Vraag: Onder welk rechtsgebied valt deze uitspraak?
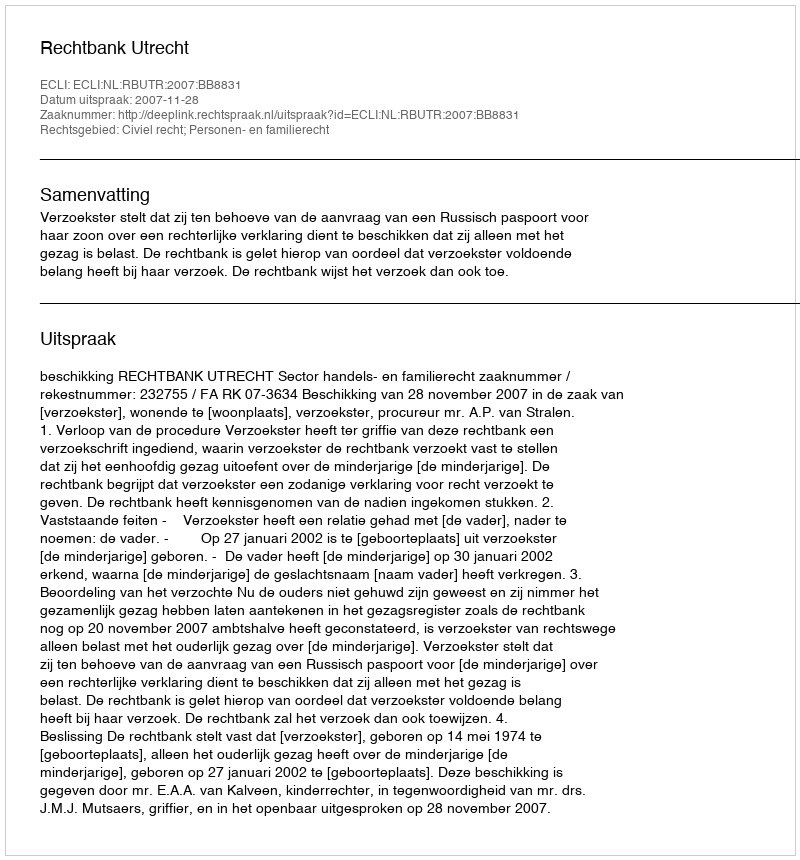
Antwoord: Civiel recht; Personen- en familierecht